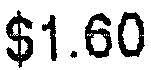
$1.60